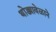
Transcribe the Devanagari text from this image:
थोड्यावेळाने